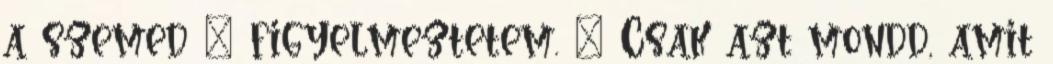
a szemed – figyelmeztetem. – Csak azt mondd, amit